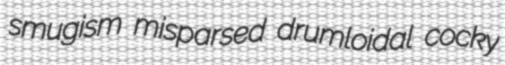
smugism misparsed drumloidal cocky